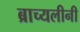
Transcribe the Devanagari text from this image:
ब्राच्यलीनी